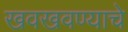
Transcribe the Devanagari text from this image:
खवखवण्याचे